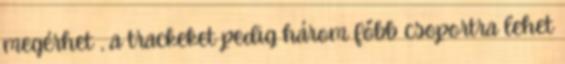
megérhet , a trackeket pedig három főbb csoportra lehet